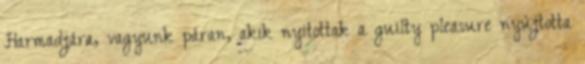
Harmadjára, vagyunk páran, akik nyitottak a guilty pleasure nyújtotta